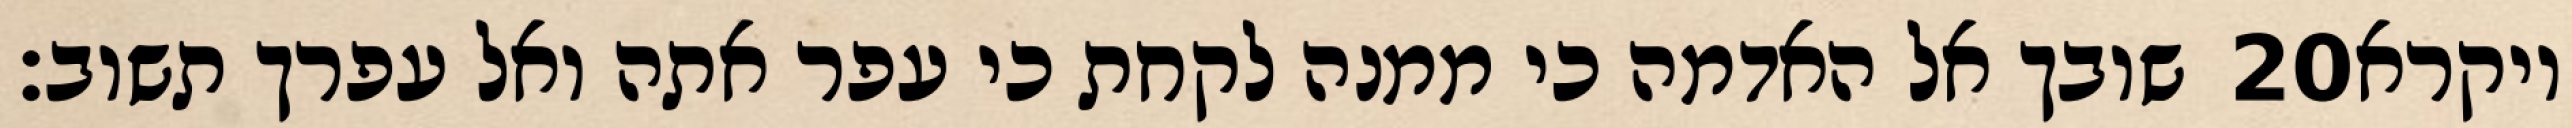
שובך אל האדמה כי ממנה לקחת כי עפר אתה ואל עפרך תשוב׃ ‎20‏ ויקרא